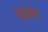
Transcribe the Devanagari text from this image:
बेट्रोथेड